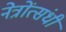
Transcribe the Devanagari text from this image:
नेत्रोंत्संधी